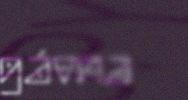
gávna